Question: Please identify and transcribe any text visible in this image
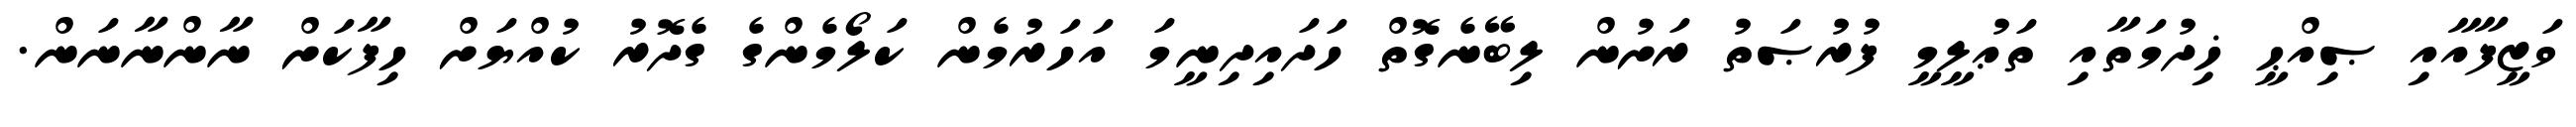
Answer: ވަޒީފާއާއި ޞިއްޙީ ޚިދުމަތާއި ތަޢުލީމީ ފުރުޞަތު ރަށުން ލިބޭނެގޮތް ހަދައިދިނީމަ އަހަރުމެން ކަލޯމެންގެ ގެދޮރު ކުއްޔަށް ހިފާކަށް ނާންނާނަން.